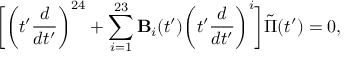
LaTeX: \biggl [ \biggl ( t ^ { \prime } { \frac { d } { d t ^ { \prime } } } \biggr ) ^ { 2 4 } + \sum _ { i = 1 } ^ { 2 3 } { \bf B } _ { i } ( t ^ { \prime } ) \biggl ( t ^ { \prime } { \frac { d } { d t ^ { \prime } } } \biggr ) ^ { i } \biggr ] \tilde { \Pi } ( t ^ { \prime } ) = 0 ,